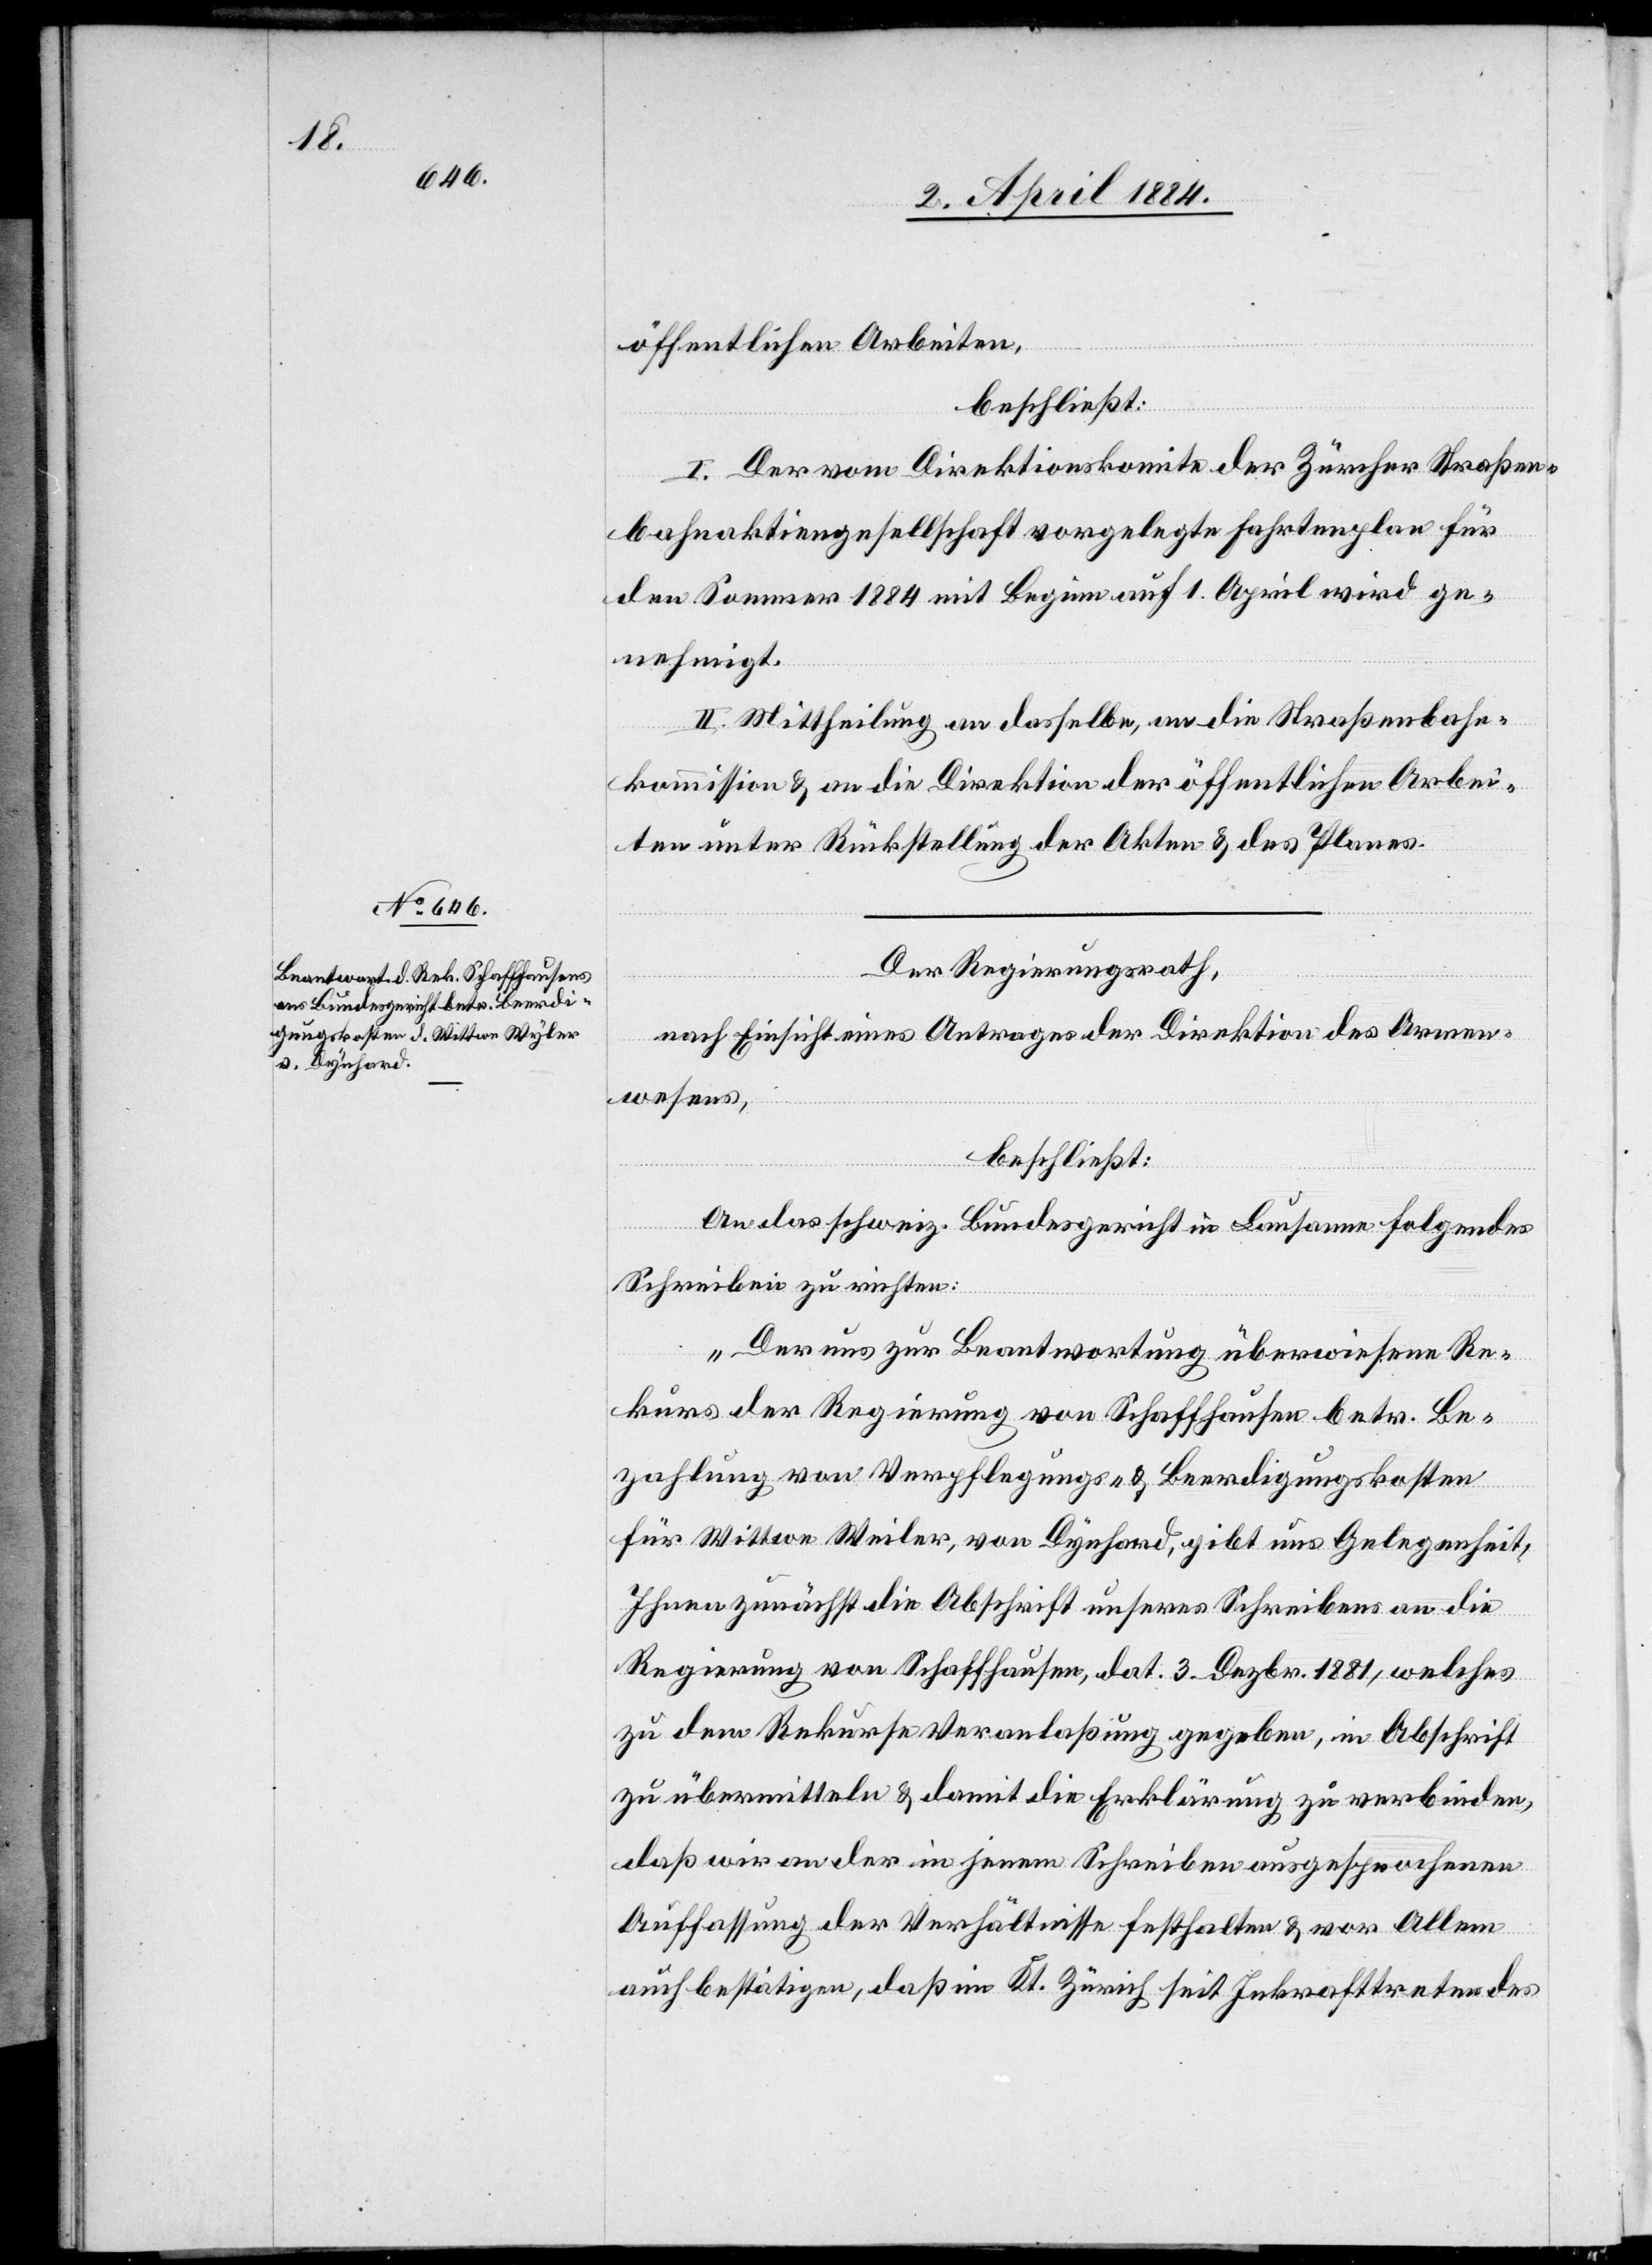
öffentlichen Arbeiten,
beschließt:
I. Der vom Direktionskomite der Zürcher Straßen¬
bahnaktiengesellschaft vorgelegte Fahrtenplan für
den Sommer 1884 mit Beginn auf 1. April wird ge¬
nehmigt.
II. Mittheilung an dasselbe an die Straßenbahn¬
kommission & an die Direktion der öffentlichen Arbei¬
ten unter Rückstellung der Akten & des Planes.
Der Regierungsrath,
nach Einsicht eines Antrages der Direktion des Armen¬
wesens,
beschließt:
An das schweiz. Bundesgericht in Lausanne folgendes
Schreiben zu richten:
„Der uns zur Beantwortung überwiesene Re¬
kurs der Regierung von Schaffhausen betr. Be¬
zahlung von Verpflegungs- & Beerdigungskosten
für Wittwe Weiler, von Dynhard, gibt uns Gelegenheit,
Ihnen zunächst die Abschrift unseres Schreibens an die
Regierung von Schaffhausen, dat. 3. Dezbr. 1881, welches
zu dem Rekurse Veranlaßung gegeben, in Abschrift
zu übermitteln & damit die Erklärung zu verbinden,
daß wir an der in jenem Schreiben ausgesprochenen
Auffassung der Verhältnisse festhalten & vor Allem
auch bestätigen, daß im Kt. Zürich seit Inkrafttreten des